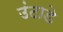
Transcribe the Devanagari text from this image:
उंटाडे